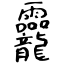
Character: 龗